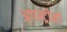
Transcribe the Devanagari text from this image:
अपस्ट्रीमों